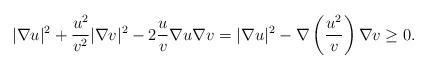
LaTeX: \begin{align*}|\nabla u|^2 + \frac{u^2}{v^2} |\nabla v|^2- 2 \frac{u}{v} \nabla u\nabla v= |\nabla u|^2- \nabla \left( \frac{u^2}{v} \right)\nabla v \geq 0.\end{align*}